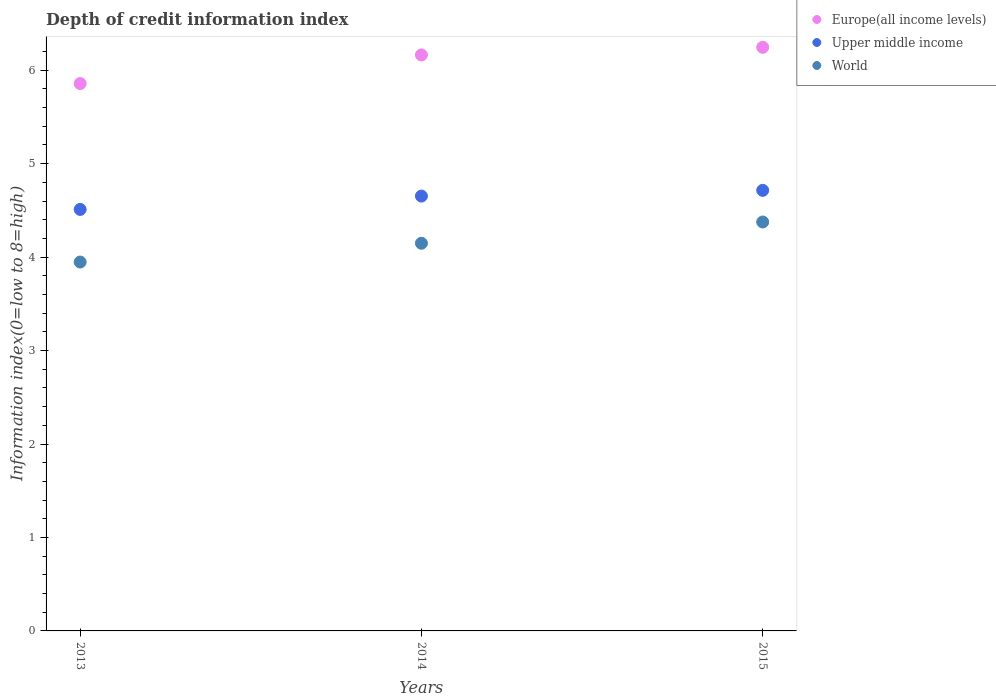
| Years | Europe(all income levels) | Upper middle income | World |
 | --- | --- | --- | --- |
 | 2013 | 5.86 | 4.51 | 3.95 |
 | 2014 | 6.16 | 4.65 | 4.15 |
 | 2015 | 6.24 | 4.71 | 4.38 |